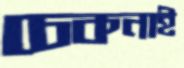
চেকনাই